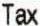
TAX